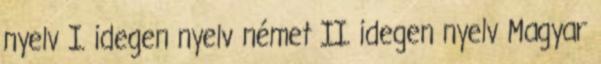
nyelv I. idegen nyelv német II. idegen nyelv Magyar